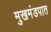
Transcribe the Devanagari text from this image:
मुखमंडपात